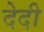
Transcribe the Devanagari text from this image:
देदी